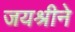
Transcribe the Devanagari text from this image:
जयश्रीने